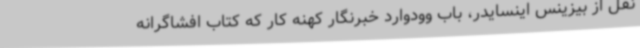
نقل از بیزینس اینسایدر، باب وودوارد خبرنگار کهنه کار که کتاب افشاگرانه